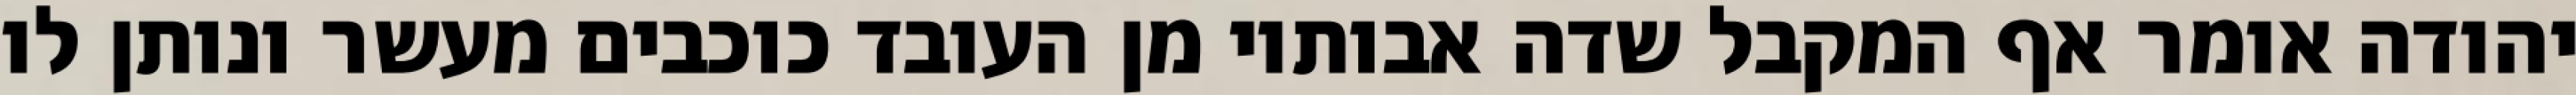
יהודה אומר אף המקבל שדה אבותיו מן העובד כוכבים מעשר ונותן לו